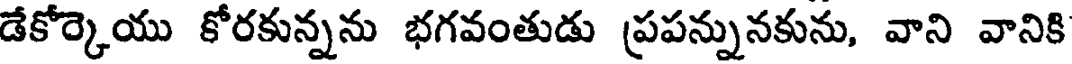
డేకోర్కెయు కోరకున్నను భగవంతుడు ప్రపన్నునకును, వాని వానికి